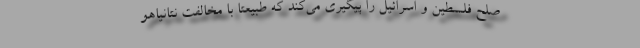
صلح فلسطین و اسرائیل را پیگیری می‌کند که طبیعتا با مخالفت نتانیاهو